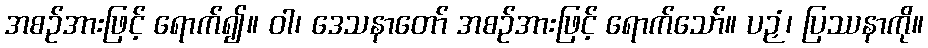
အစဉ်အားဖြင့် ရောက်၍။ ဝါ၊ ဒေသနာတော် အစဉ်အားဖြင့် ရောက်သော်။ ပဉှံ၊ ပြဿနာကို။